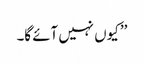
’’ کیوں نہیں آئے گا۔